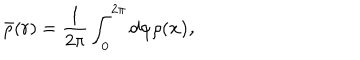
LaTeX: \bar { \rho } ( r ) = \frac { 1 } { 2 \pi } \int _ { 0 } ^ { 2 \pi } d \varphi \rho ( \bf x ) ,